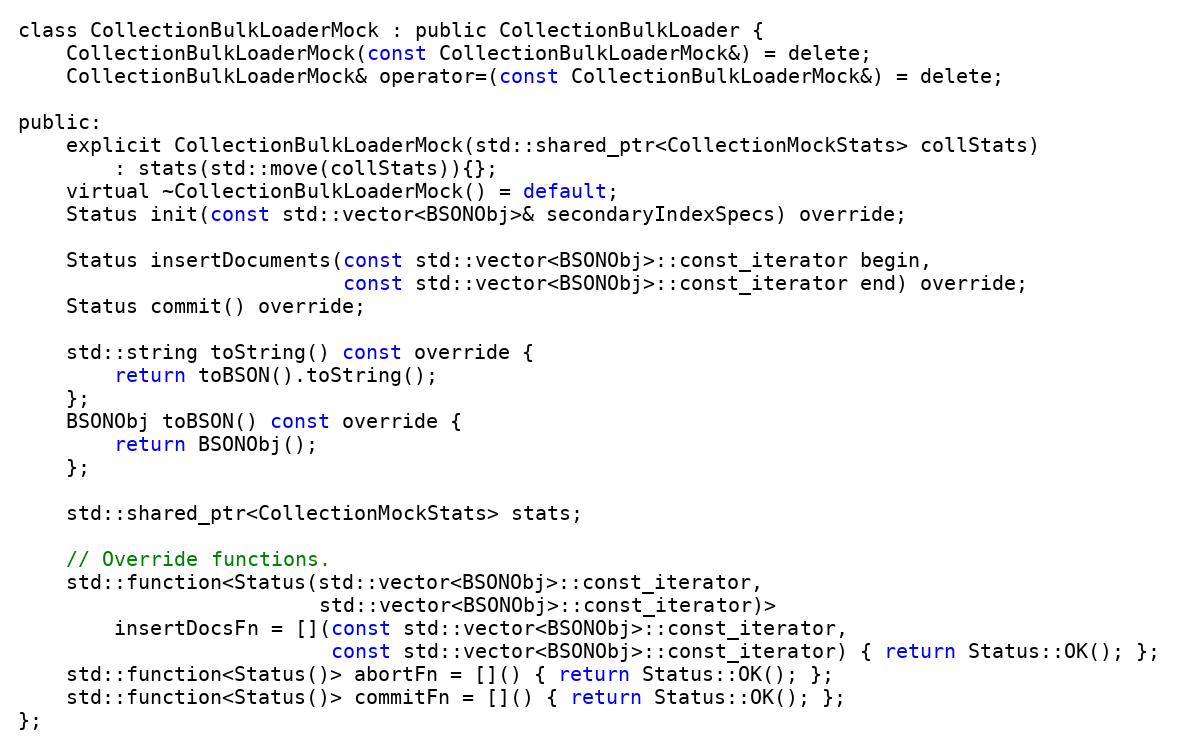
Language: C
class CollectionBulkLoaderMock : public CollectionBulkLoader {
    CollectionBulkLoaderMock(const CollectionBulkLoaderMock&) = delete;
    CollectionBulkLoaderMock& operator=(const CollectionBulkLoaderMock&) = delete;

public:
    explicit CollectionBulkLoaderMock(std::shared_ptr<CollectionMockStats> collStats)
        : stats(std::move(collStats)){};
    virtual ~CollectionBulkLoaderMock() = default;
    Status init(const std::vector<BSONObj>& secondaryIndexSpecs) override;

    Status insertDocuments(const std::vector<BSONObj>::const_iterator begin,
                           const std::vector<BSONObj>::const_iterator end) override;
    Status commit() override;

    std::string toString() const override {
        return toBSON().toString();
    };
    BSONObj toBSON() const override {
        return BSONObj();
    };

    std::shared_ptr<CollectionMockStats> stats;

    // Override functions.
    std::function<Status(std::vector<BSONObj>::const_iterator,
                         std::vector<BSONObj>::const_iterator)>
        insertDocsFn = [](const std::vector<BSONObj>::const_iterator,
                          const std::vector<BSONObj>::const_iterator) { return Status::OK(); };
    std::function<Status()> abortFn = []() { return Status::OK(); };
    std::function<Status()> commitFn = []() { return Status::OK(); };
};